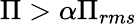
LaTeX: \Pi>\alpha\Pi_{rms}